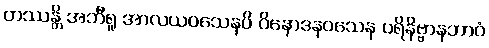
တဿန္တိ အဘီရူ အာလယဝသေနပိ ဝိနောဒနဝသေန ပရိနိဗ္ဗာနဘာဝံ